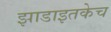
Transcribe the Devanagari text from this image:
झाडाइतकेच